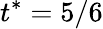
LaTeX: t^{*}=5/6